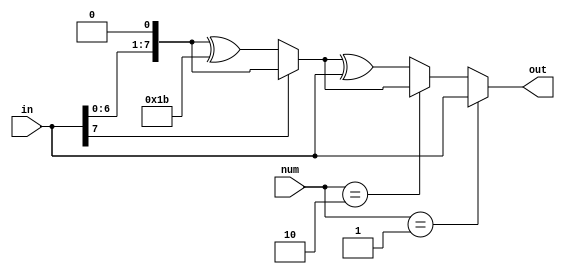
module multiply_by_1_2_3(
    input [7:0] in,
    input [7:0] num,
    output reg [7:0] out
    );
    
    reg [7:0] out3_stage;
    always @(*)
    begin
        if(num==2'h01)
            out = in;
            
        else if(num==2'h02)
        begin
           if(in[7]==0)
                    out=(in<<1) ^ 8'b00011011;
            else 
                    out=(in<<1);
        end
        
        else
        begin
            if(in[7]==0)
                   out3_stage=(in<<1) ^ 8'b00011011;
            else 
                   out3_stage=(in<<1);
            out = out3_stage ^ in;
        end
    end
endmodule